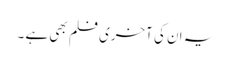
یہ ان کی آخری فلم بھی ہے ۔